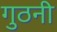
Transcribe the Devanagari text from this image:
गुठनी